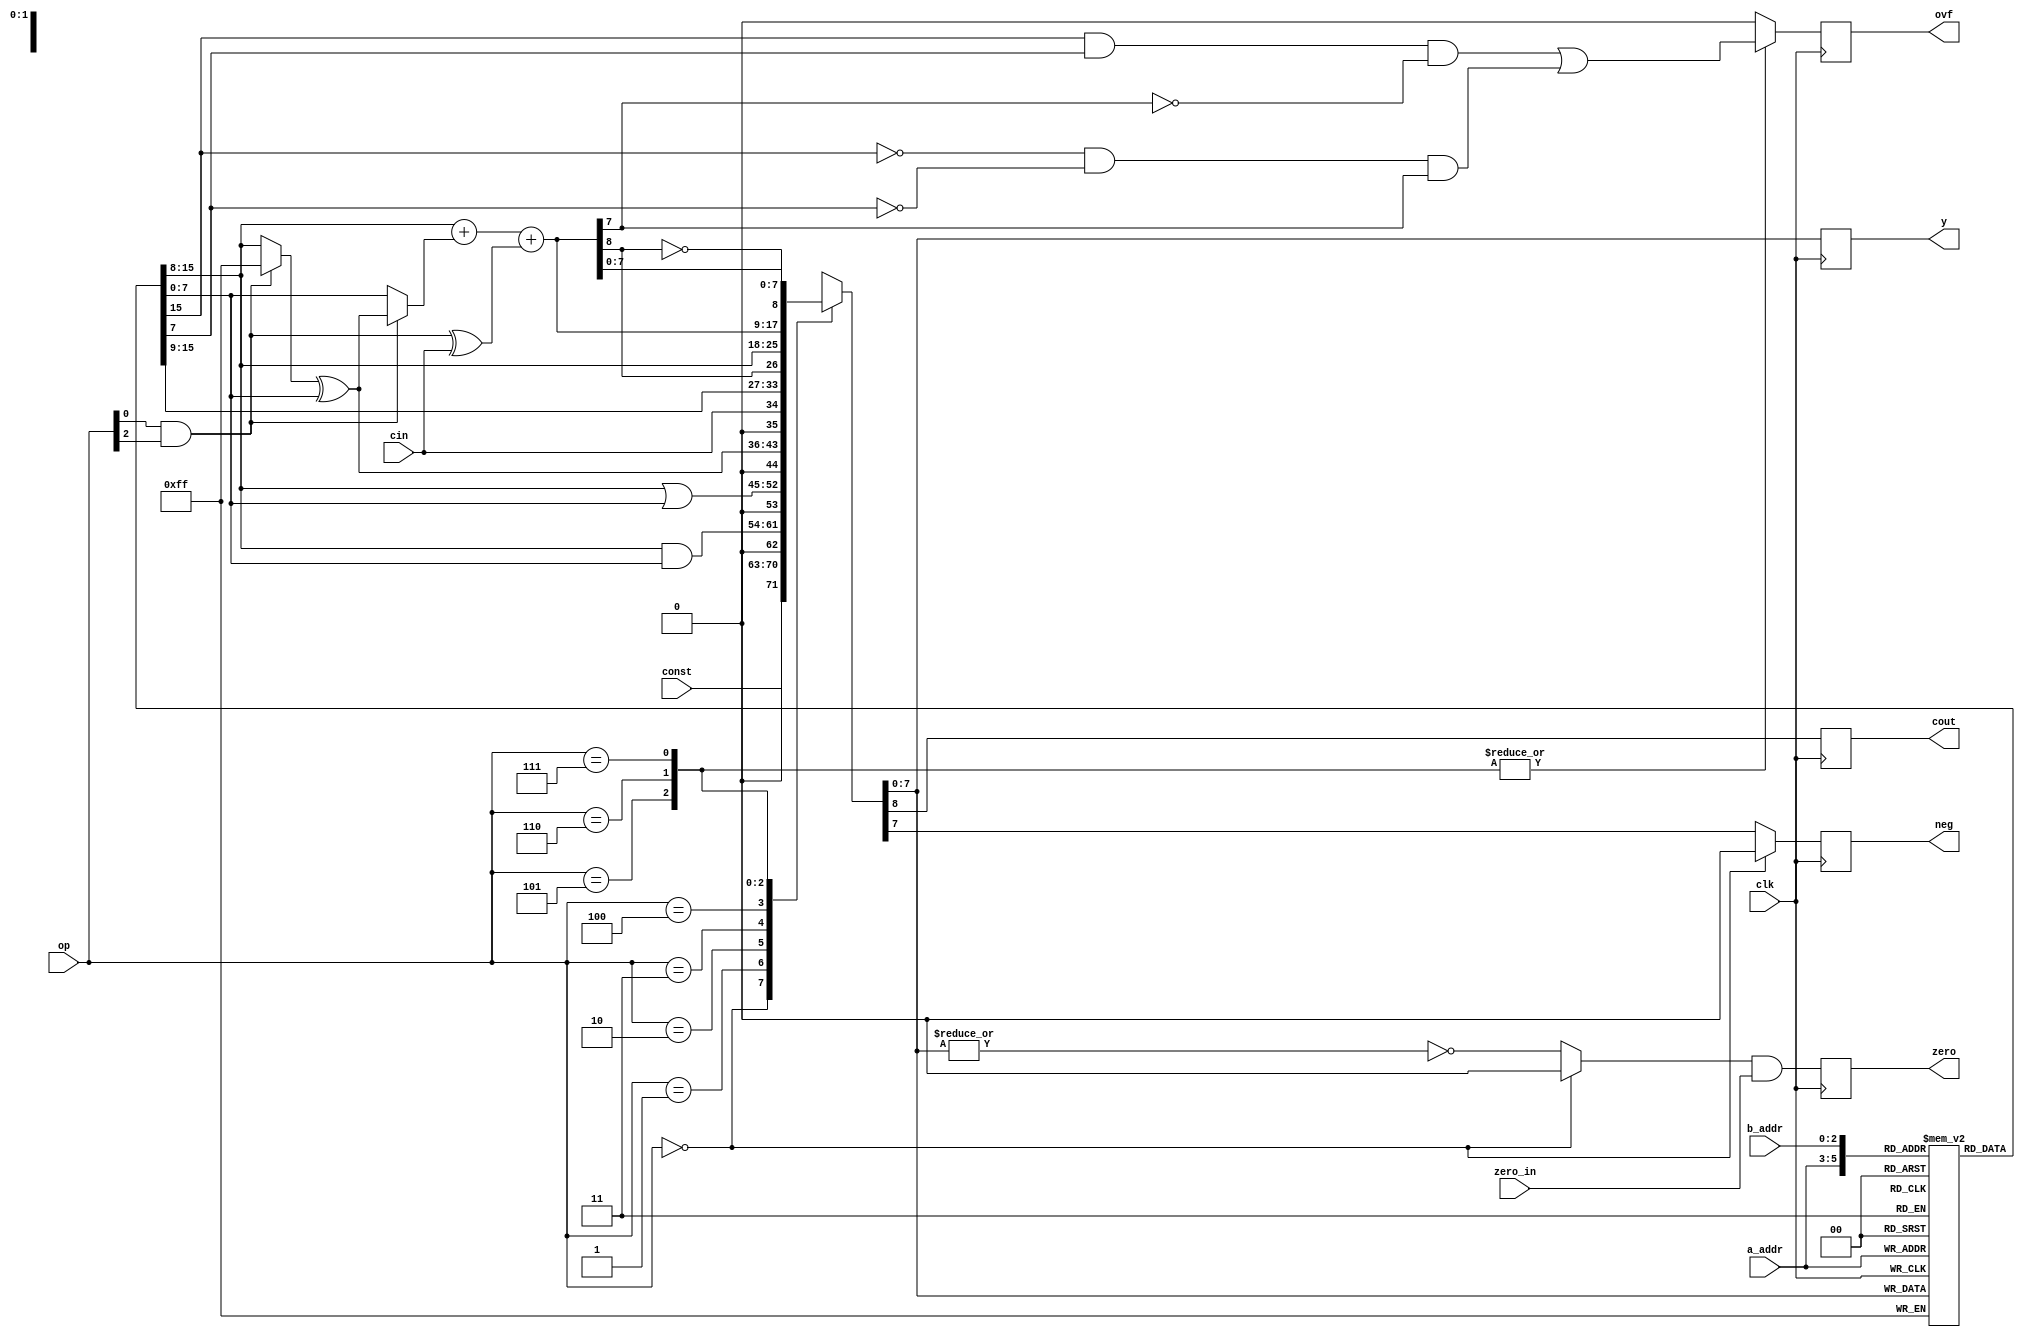
`timescale 1ns / 1ps
//`default_nettype none

//////////////////////////////////////////////////////////////////////////////////
// Company:     BME
// 
// Design Name: alu
// Module Name: alu
//////////////////////////////////////////////////////////////////////////////////

module alu
    (
        input clk,
        
        input [2:0] a_addr,
        input [2:0] b_addr,
        input [7:0] const,
        input [2:0] op,
        input cin,
		input zero_in,
        
        output reg [7:0] y,
        output reg cout,
        output reg ovf,
        output reg zero,
        output reg neg
    );
    
//Operation Codes
parameter MOV = 3'b000;
parameter AND = 3'b001;
parameter OR  = 3'b010;
parameter XOR = 3'b011;
parameter RRC = 3'b100;
parameter CMP = 3'b101;
parameter ADD = 3'b110;
parameter SUB = 3'b111;
   
//8x8 Register Array(Block RAM)
reg [7:0] regs[7:0];

//A and B operands
wire [7:0] a = regs[a_addr];
wire [7:0] b = regs[b_addr];
    
//MOV
wire [7:0] y_mov = const;

//AND
wire [7:0] y_and = a & b;

//OR
wire [7:0] y_or = a | b;

//XOR
//At opcode = 1X1(CMP and SUB) -> negates the b operand
wire neg_b = op[0] & op[2];

wire [7:0] in_xor = neg_b == 1'b1 ? {8{1'b1}} : a;

wire [7:0] y_xor = in_xor ^ b; 

//RRC : Rotates "a" to right over carry in
wire [7:0] y_rrc = {a[0], cin, a[7:1]};

//ARITH
//ADD: a + b + cin
//CMP, SUB: a - b - cin = a + (~b + 1'b1) - cin = a + ~b + ~cin

wire [7:0] arith_in = (neg_b == 1'b1) ? y_xor : b;
wire arith_cin = neg_b ^ cin; //negated carry in for CMP and SUB

wire [8:0] y_arith = a + arith_in + arith_cin;

wire ovf_arith = (a[7] & b[7] & ~y_arith[7]) | (~a[7] & ~b[7] & y_arith[7]);

reg [8:0] r_y;
reg r_cout;
reg r_ovf;
reg r_zero;
reg r_neg;

//MUXES
always @ (*)
begin
    //Y
    case (op)
        MOV : r_y <= {1'b0, y_mov};
        AND : r_y <= {1'b0, y_and};
        OR  : r_y <= {1'b0, y_or};
        XOR : r_y <= {1'b0, y_xor};
        RRC : r_y <= y_rrc;
        CMP : r_y <= {y_arith[8], a}; //result not changed
        ADD : r_y <= y_arith;
        SUB : r_y <= {~y_arith[8], y_arith[7:0]};  //~carry 
     endcase
     
     //COUT
     r_cout <= r_y[8];
     
     //OVF
     case (op)
        CMP : r_ovf <= ovf_arith;
        ADD : r_ovf <= ovf_arith;
        SUB : r_ovf <= ovf_arith;
        default: r_ovf <= 1'b0;
     endcase
     
     //ZERO
     case (op)
        MOV : r_zero <= 1'b0;
        default: r_zero <= ~|r_y[7:0];
     endcase
     
     //NEG
     case (op)
         MOV : r_neg <= 1'b0;
         default: r_neg <= r_y[7];
     endcase
     
end

//Write the result back to a_addr
always @ (posedge clk)
    regs[a_addr] <= r_y[7:0];
    
//Output regs
always @ (posedge clk)
begin
    y <= r_y;
    cout <= r_cout;
    ovf <= r_ovf;
    zero <= (r_zero & zero_in);
    neg <= r_neg;
end

endmodule